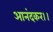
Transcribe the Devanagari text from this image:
आनंदकर।।